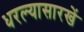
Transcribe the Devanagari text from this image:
धरल्यासारखें